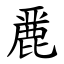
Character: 䴡